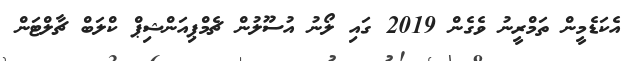
އެކަޑެމީން ތަމްރީނު ވެގެން 2019 ގައި ލޯނު އުސޫލުން ޗެމްޕިއަންޝިޕް ކްލަބް ޗާލްޓަން